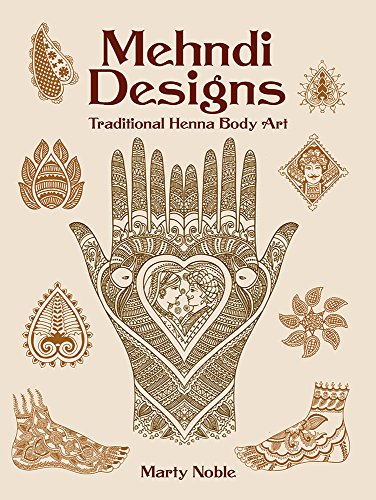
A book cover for Mehndi Designs: Traditional Henna Body Art (Dover Pictorial Archive); Marty Noble; Arts & Photography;